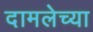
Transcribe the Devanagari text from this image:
दामलेच्या